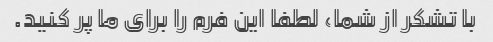
با تشکر از شما، لطفا این فرم را برای ما پر کنید.